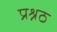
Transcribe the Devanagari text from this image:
प्रश्नठ